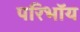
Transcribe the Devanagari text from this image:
परिभाॅय